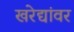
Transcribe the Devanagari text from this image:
खरेद्यांवर